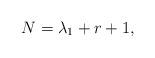
LaTeX: \begin{align*}N = \lambda_1 + r + 1,\end{align*}